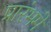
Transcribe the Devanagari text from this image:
प्रारंभमे